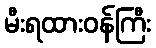
မီးရထားဝန်ကြီး